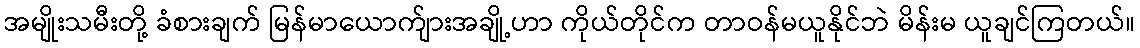
အမျိုးသမီးတို့ ခံစားချက် မြန်မာယောက်ျားအချို့ဟာ ကိုယ်တိုင်က တာဝန်မယူနိုင်ဘဲ မိန်းမ ယူချင်ကြတယ်။